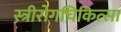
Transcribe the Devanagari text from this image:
स्त्रीरोगचिकित्सा